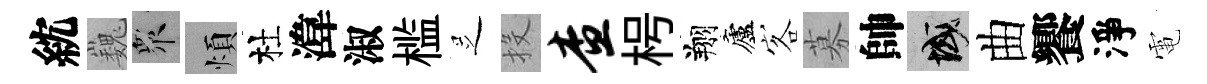
紞巍衆煩杜湋淑槛𠯁投查枵翔廬客募帥域曲饗淨電